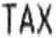
TAX